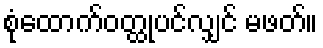
စုံထောက်ဝတ္ထုပင်လျှင် မဖတ်။